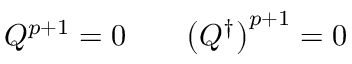
Q ^ { p + 1 } = 0 \qquad \bigl ( Q ^ { \dagger } \bigr ) ^ { p + 1 } = 0